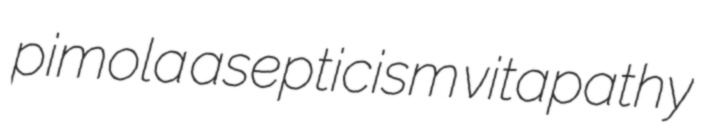
pimola asepticism vitapathy